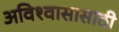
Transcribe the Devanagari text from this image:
अविश्‍वासासाठी